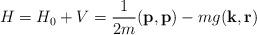
LaTeX: \begin{align*}H=H_0+V=\frac{1}{2m}(\mathbf p,\mathbf p)-mg(\mathbf k,\mathbf r)\end{align*}